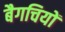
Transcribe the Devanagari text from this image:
बैगचियों